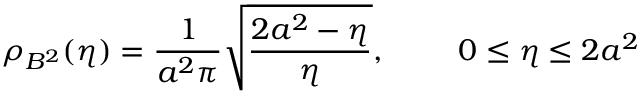
\rho _ { B ^ { 2 } } ( \eta ) = \frac { 1 } { a ^ { 2 } \pi } \sqrt { \frac { 2 a ^ { 2 } - \eta } { \eta } } , \ \ \ \ \ \ \ 0 \le \eta \le 2 a ^ { 2 }